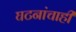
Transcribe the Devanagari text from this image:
घटनांचाही